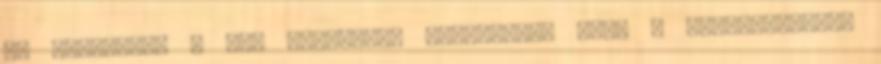
is fordulhat a vis Felhívjuk figyelmét, hogy a bejelentkezés